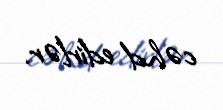
cəhd edirlər.